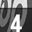
Digit: 4